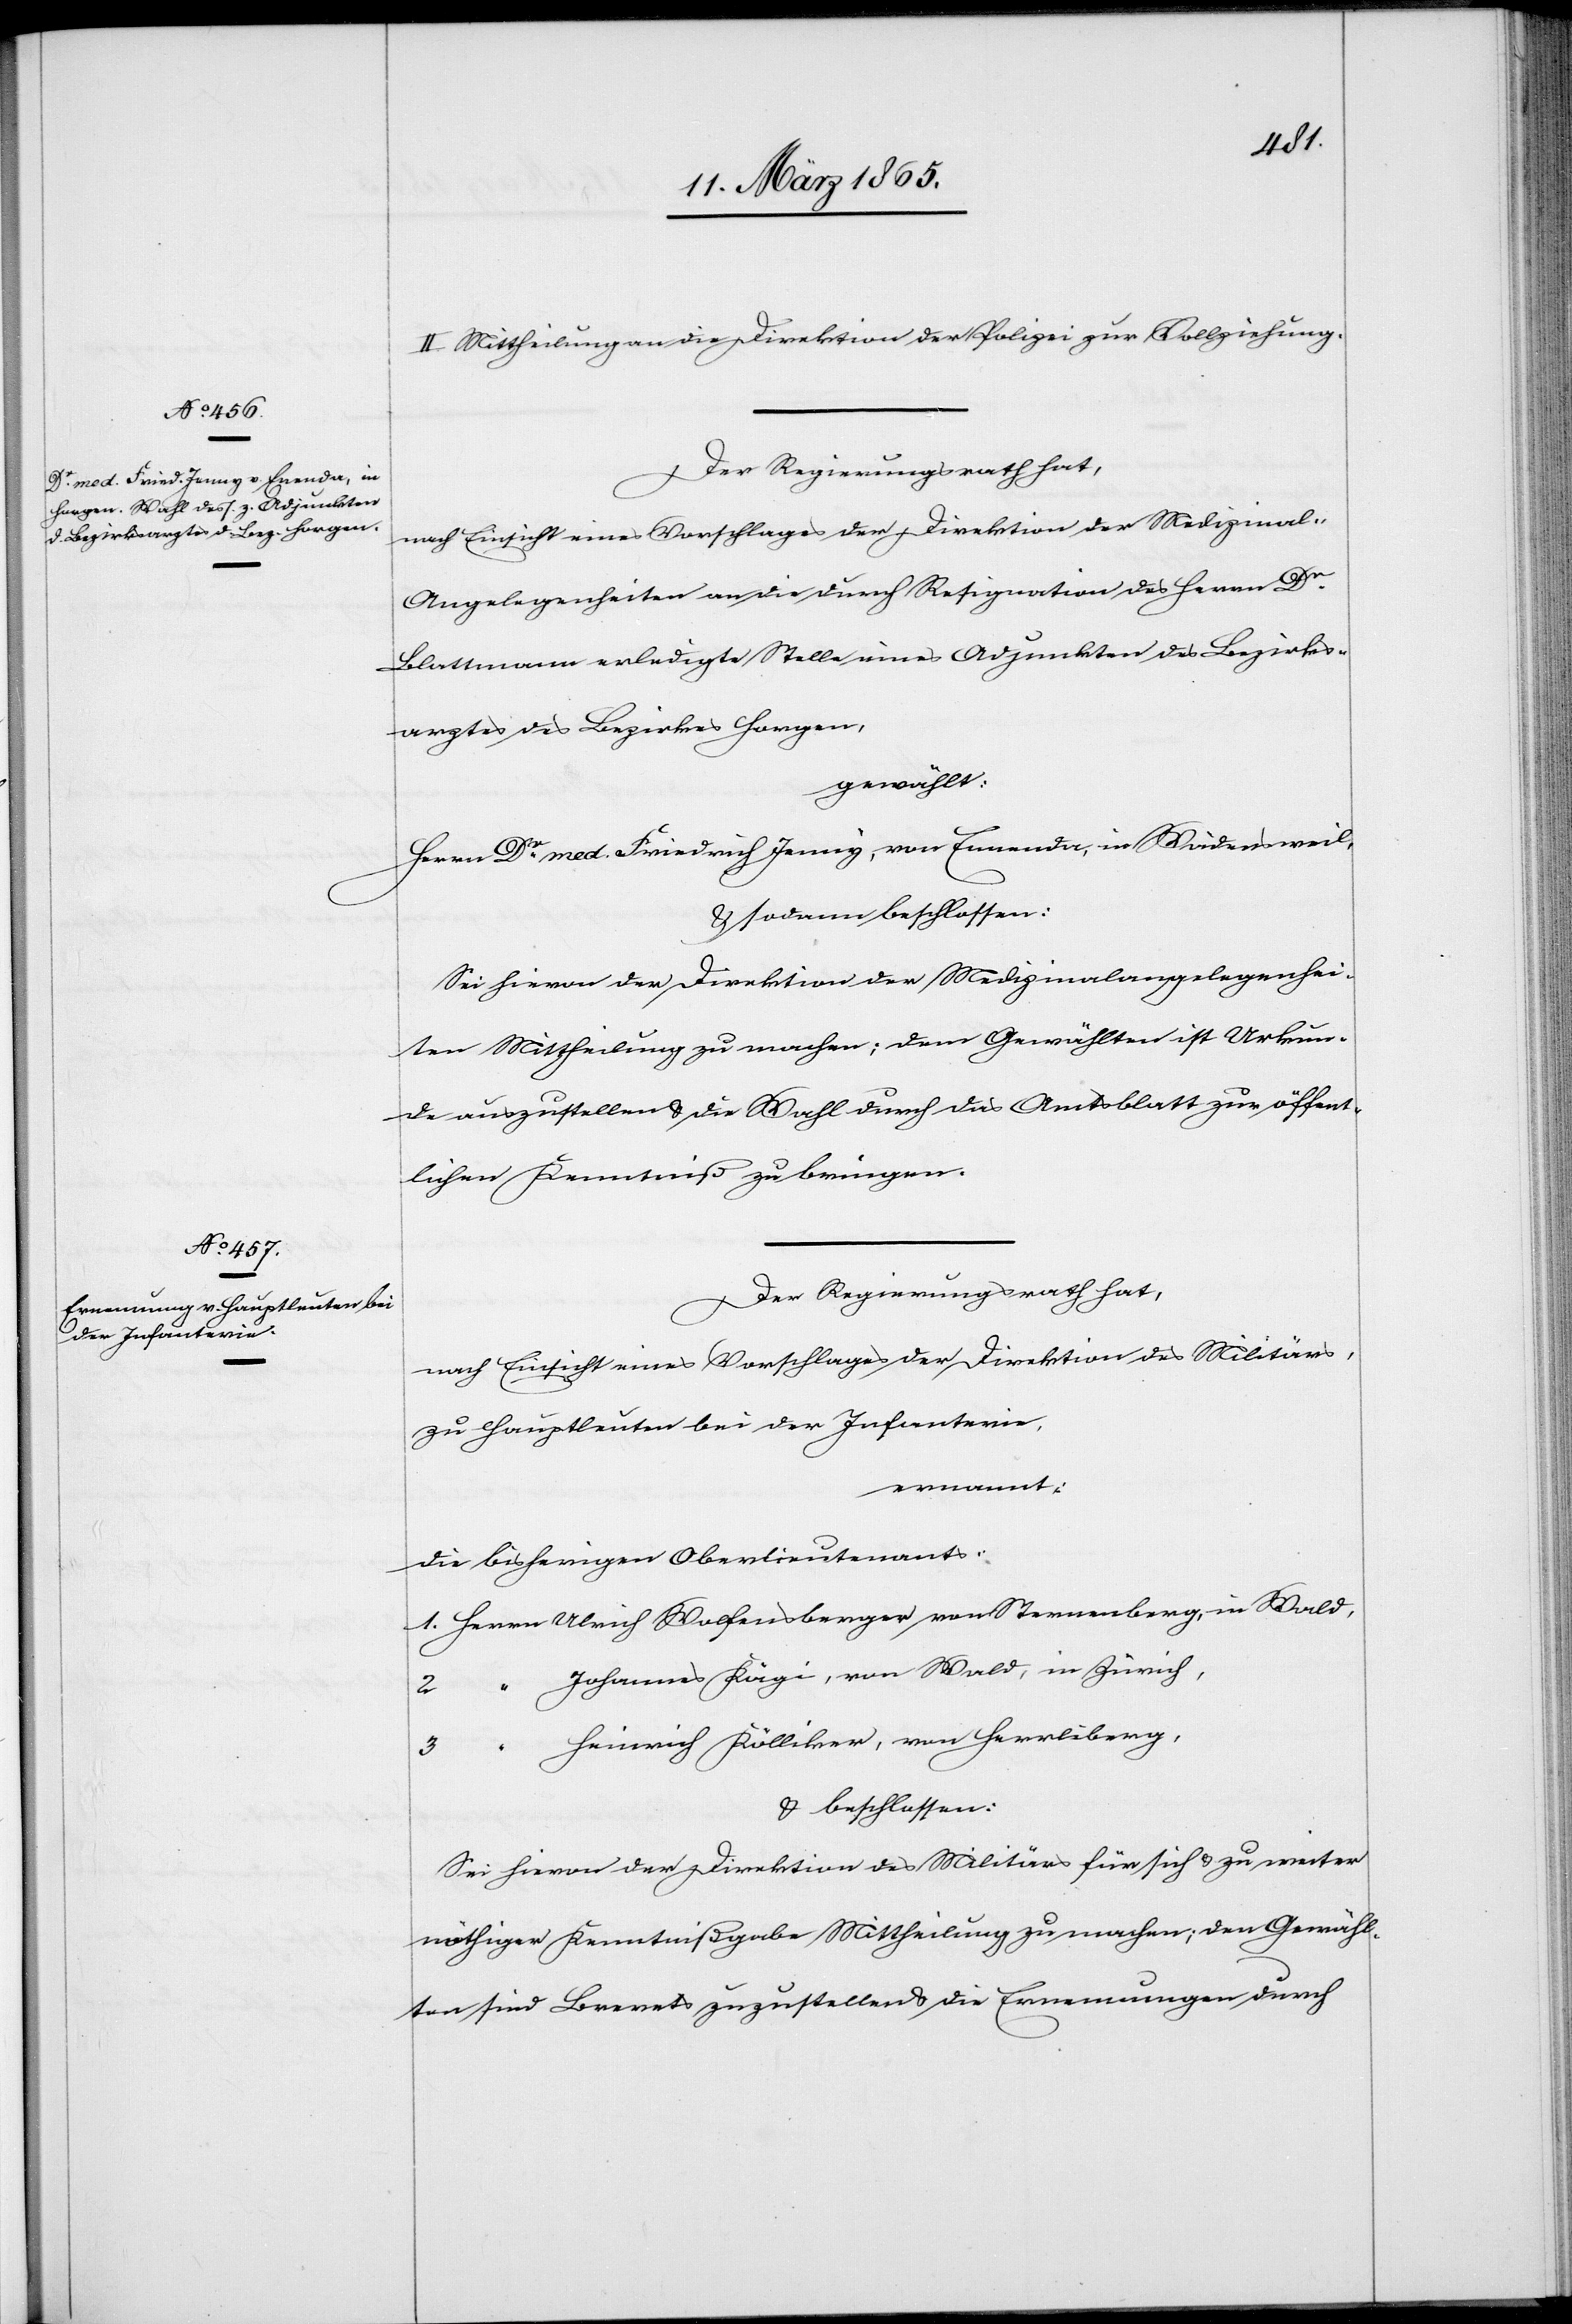
II. Mittheilung an die Direktion der Polizei zur Vollziehung.
Der Regierungsrath hat,
nach Einsicht eines Vorschlages der Direktion der Medizinal-A¬
ngelegenheiten an die durch Resignation des Herrn Dr
Blattmann erledigte Stelle eines Adjunkten des Bezirks¬
arztes des Bezirkes Horgen,
gewählt:
Herrn Dr med. Friedrich Jenny, von Ennenda, in Wädensweil,
& sodann beschlossen:
Sei hievon der Direktion der Medizinalangelegenhei¬
ten Mittheilung zu machen; dem Gewählten ist Urkun¬
de auszustellen & die Wahl durch das Amtsblatt zur öffent¬
lichen Kenntniß zu bringen.
Der Regierungsrath hat,
nach Einsicht eines Vorschlages der Direktion des Militärs,
zu Hauptleuten bei der Infanterie,
ernannt:
Die bisherigen Oberlieutenants:
1. Herrn Ulrich Wolfensberger von Sternenberg, in Wald,
“ Johannes Kägi, von Wald, in Zürich,
3
“ Heinrich Kölliker, von Herrliberg,
& beschlossen:
Sei hievon der Direktion des Militärs für sich u. zu weiter
nöthiger Kenntnißgabe Mittheilung zu machen; den Gewähl¬
ten sind Brevets zuzustellen & die Ernennungen durch